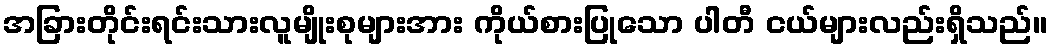
အခြားတိုင်းရင်းသားလူမျိုးစုများအား ကိုယ်စားပြုသော ပါတီ ငယ်များလည်းရှိသည်။